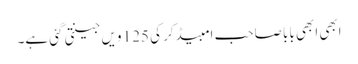
ابھی ابھی بابا صاحب امبیڈکر کی 125 ویں جینتی گئی ہے۔